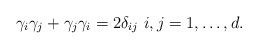
\begin{align*}\gamma_i \gamma_j + \gamma_j \gamma_i = 2\delta_{ij} \ i, j=1,\ldots,d. \end{align*}